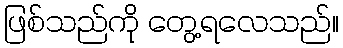
ဖြစ်သည်ကို တွေ့ရလေသည်။